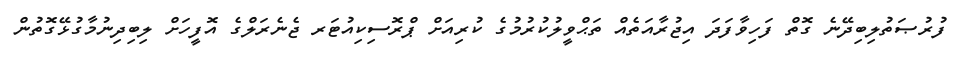
ފުރުޞަތުލިބިދޭނެ ގޮތް ފަހިވާފަދަ އިޖުރާއަތެއް ތަޙްވީލުކުރުމުގެ ކުރިއަށް ޕްރޮސިކިއުޓަރ ޖެނެރަލްގެ އޮފީހަށް ލިބިދިނުމާގުޅޭގޮތުން